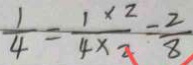
\frac { 1 } { 4 } = \frac { 1 \times 2 } { 4 \times 2 } = \frac { 2 } { 8 }